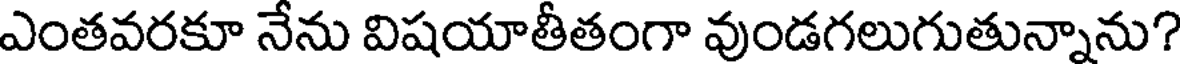
ఎంతవరకూ నేను విషయాతీతంగా వుండగలుగుతున్నాను?